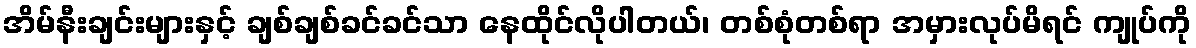
အိမ်နီးချင်းများနှင့် ချစ်ချစ်ခင်ခင်သာ နေထိုင်လိုပါတယ်၊ တစ်စုံတစ်ရာ အမှားလုပ်မိရင် ကျုပ်ကို